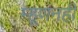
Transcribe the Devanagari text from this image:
म्हूणनही